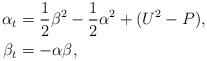
\begin{align*} \alpha_t&=\frac12 \beta^2-\frac12 \alpha^2+(U^2-P),\\ \beta_t&=-\alpha\beta,\end{align*}